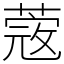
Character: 蔲